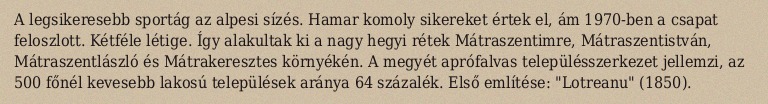
A legsikeresebb sportág az alpesi sízés. Hamar komoly sikereket értek el, ám 1970-ben a csapat feloszlott. Kétféle létige. Így alakultak ki a nagy hegyi rétek Mátraszentimre, Mátraszentistván, Mátraszentlászló és Mátrakeresztes környékén. A megyét aprófalvas településszerkezet jellemzi, az 500 főnél kevesebb lakosú települések aránya 64 százalék. Első említése: "Lotreanu" (1850).